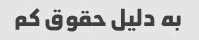
به دلیل حقوق کم